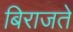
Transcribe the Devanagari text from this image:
बिराजते